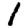
Digit: 1